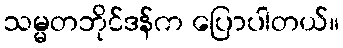
သမ္မတဘိုင်ဒန်က ပြောပါတယ်။